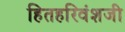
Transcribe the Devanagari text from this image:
हितहरिवंशजी